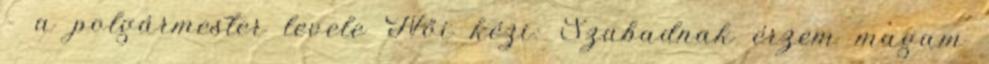
– a polgármester levele Női kézi: Szabadnak érzem magam